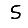
Digit: 5